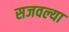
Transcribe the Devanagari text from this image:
सजवल्या